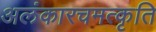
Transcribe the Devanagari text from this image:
अलंकारचमत्कृति